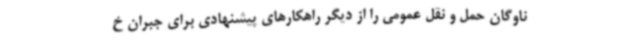
ناوگان حمل و نقل عمومی را از دیگر راهکارهای پیشنهادی برای جبران خ